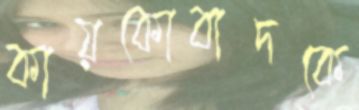
কায়কোবাদকে